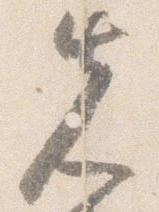
先